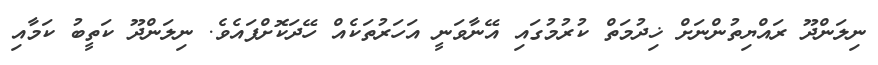
ނިލަންދޫ ރައްޔިތުންނަށް ޚިދުމަތް ކުރުމުގައި އޭނާވަނީ އަހަރުތަކެއް ހޭދަކޮށްފައެވެ. ނިލަންދޫ ކަތީބު ކަމާއި